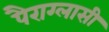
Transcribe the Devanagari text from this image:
पैराग्लासी